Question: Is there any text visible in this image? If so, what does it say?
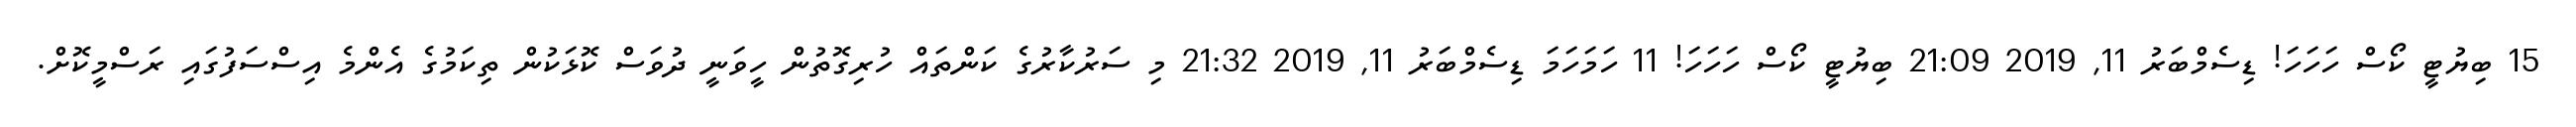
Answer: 15 ބިޔުޓީ ކޯސް ހަހަހަ! ޑިސެމްބަރު 11, 2019 21:09 ބިޔުޓީ ކޯސް ހަހަހަ! 11 ހަމަހަމަ ޑިސެމްބަރު 11, 2019 21:32 މި ސަރުކާރުގެ ކަންތައް ހުރިގޮތުން ހީވަނީ ދުވަސް ކޮޅަކުން ތިކަމުގެ އެންމެ އިސްސަފުގައި ރަސްމީކޮށް.